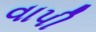
વાપી